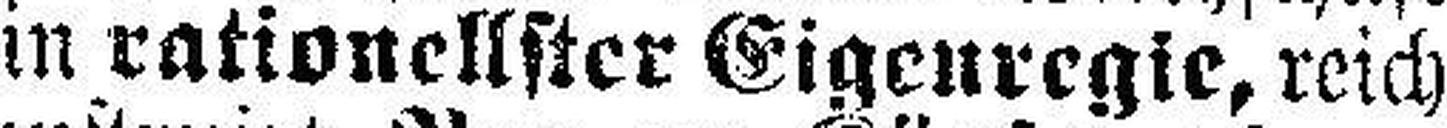
in rationellster Eigenregie, reich